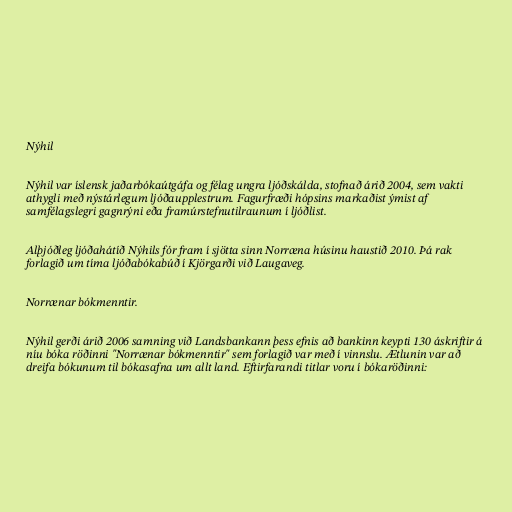
Nýhil

Nýhil var íslensk jaðarbókaútgáfa og félag ungra ljóðskálda, stofnað árið 2004, sem vakti
athygli með nýstárlegum ljóðaupplestrum. Fagurfræði hópsins markaðist ýmist af
samfélagslegri gagnrýni eða framúrstefnutilraunum í ljóðlist.

Alþjóðleg ljóðahátíð Nýhils fór fram í sjötta sinn Norræna húsinu haustið 2010. Þá rak
forlagið um tíma ljóðabókabúð í Kjörgarði við Laugaveg.

Norrænar bókmenntir.

Nýhil gerði árið 2006 samning við Landsbankann þess efnis að bankinn keypti 130 áskriftir á
níu bóka röðinni "Norrænar bókmenntir" sem forlagið var með í vinnslu. Ætlunin var að
dreifa bókunum til bókasafna um allt land. Eftirfarandi titlar voru í bókaröðinni: